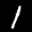
Label: 1